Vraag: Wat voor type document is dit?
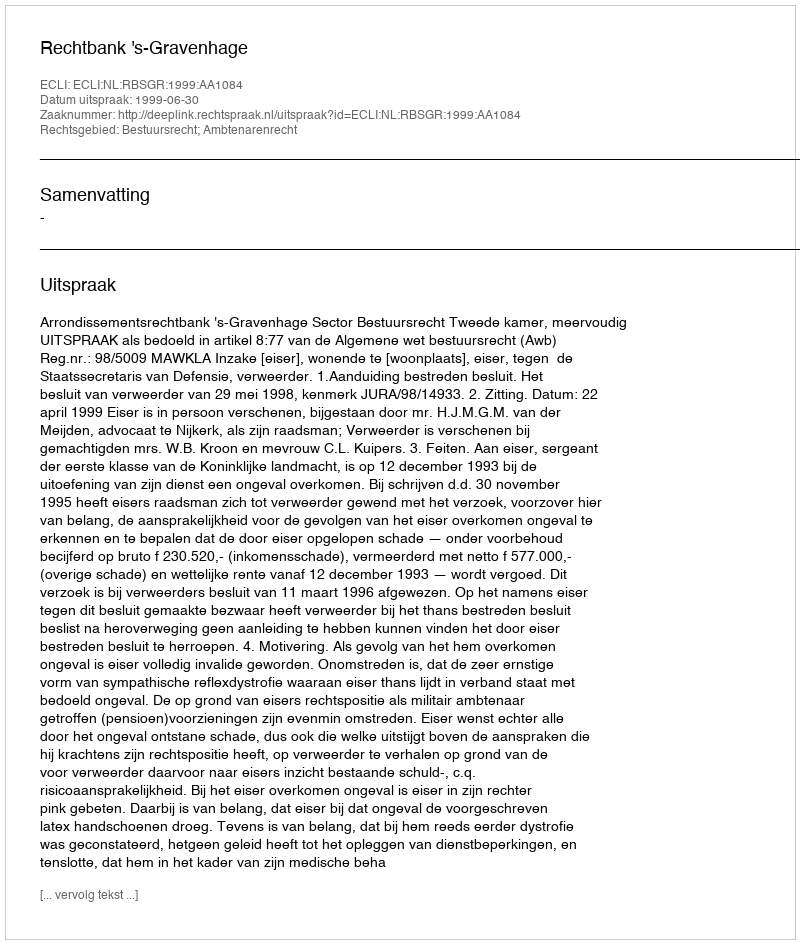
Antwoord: Uitspraak